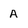
Character: A